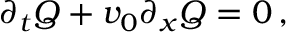
\partial _ { t } Q + v _ { 0 } \partial _ { x } Q = 0 \, ,